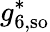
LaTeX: g_{6,\mathrm{{so}}}^{*}